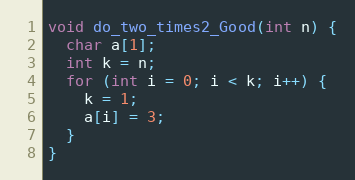
Language: C
void do_two_times2_Good(int n) {
  char a[1];
  int k = n;
  for (int i = 0; i < k; i++) {
    k = 1;
    a[i] = 3;
  }
}